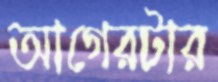
আগেরটার